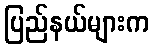
ပြည်နယ်များက